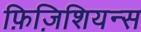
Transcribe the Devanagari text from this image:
फ़िज़िशियन्स